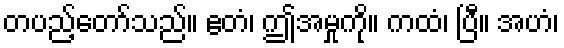
တပည့်တော်သည်။ ဧတံ၊ ဤအမှုကို။ ကထံ၊ ပြီ။ အဟံ၊